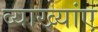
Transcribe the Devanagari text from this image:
व्याख्यांए